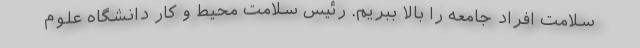
سلامت افراد جامعه را بالا ببریم. رئیس سلامت محیط و کار دانشگاه علوم